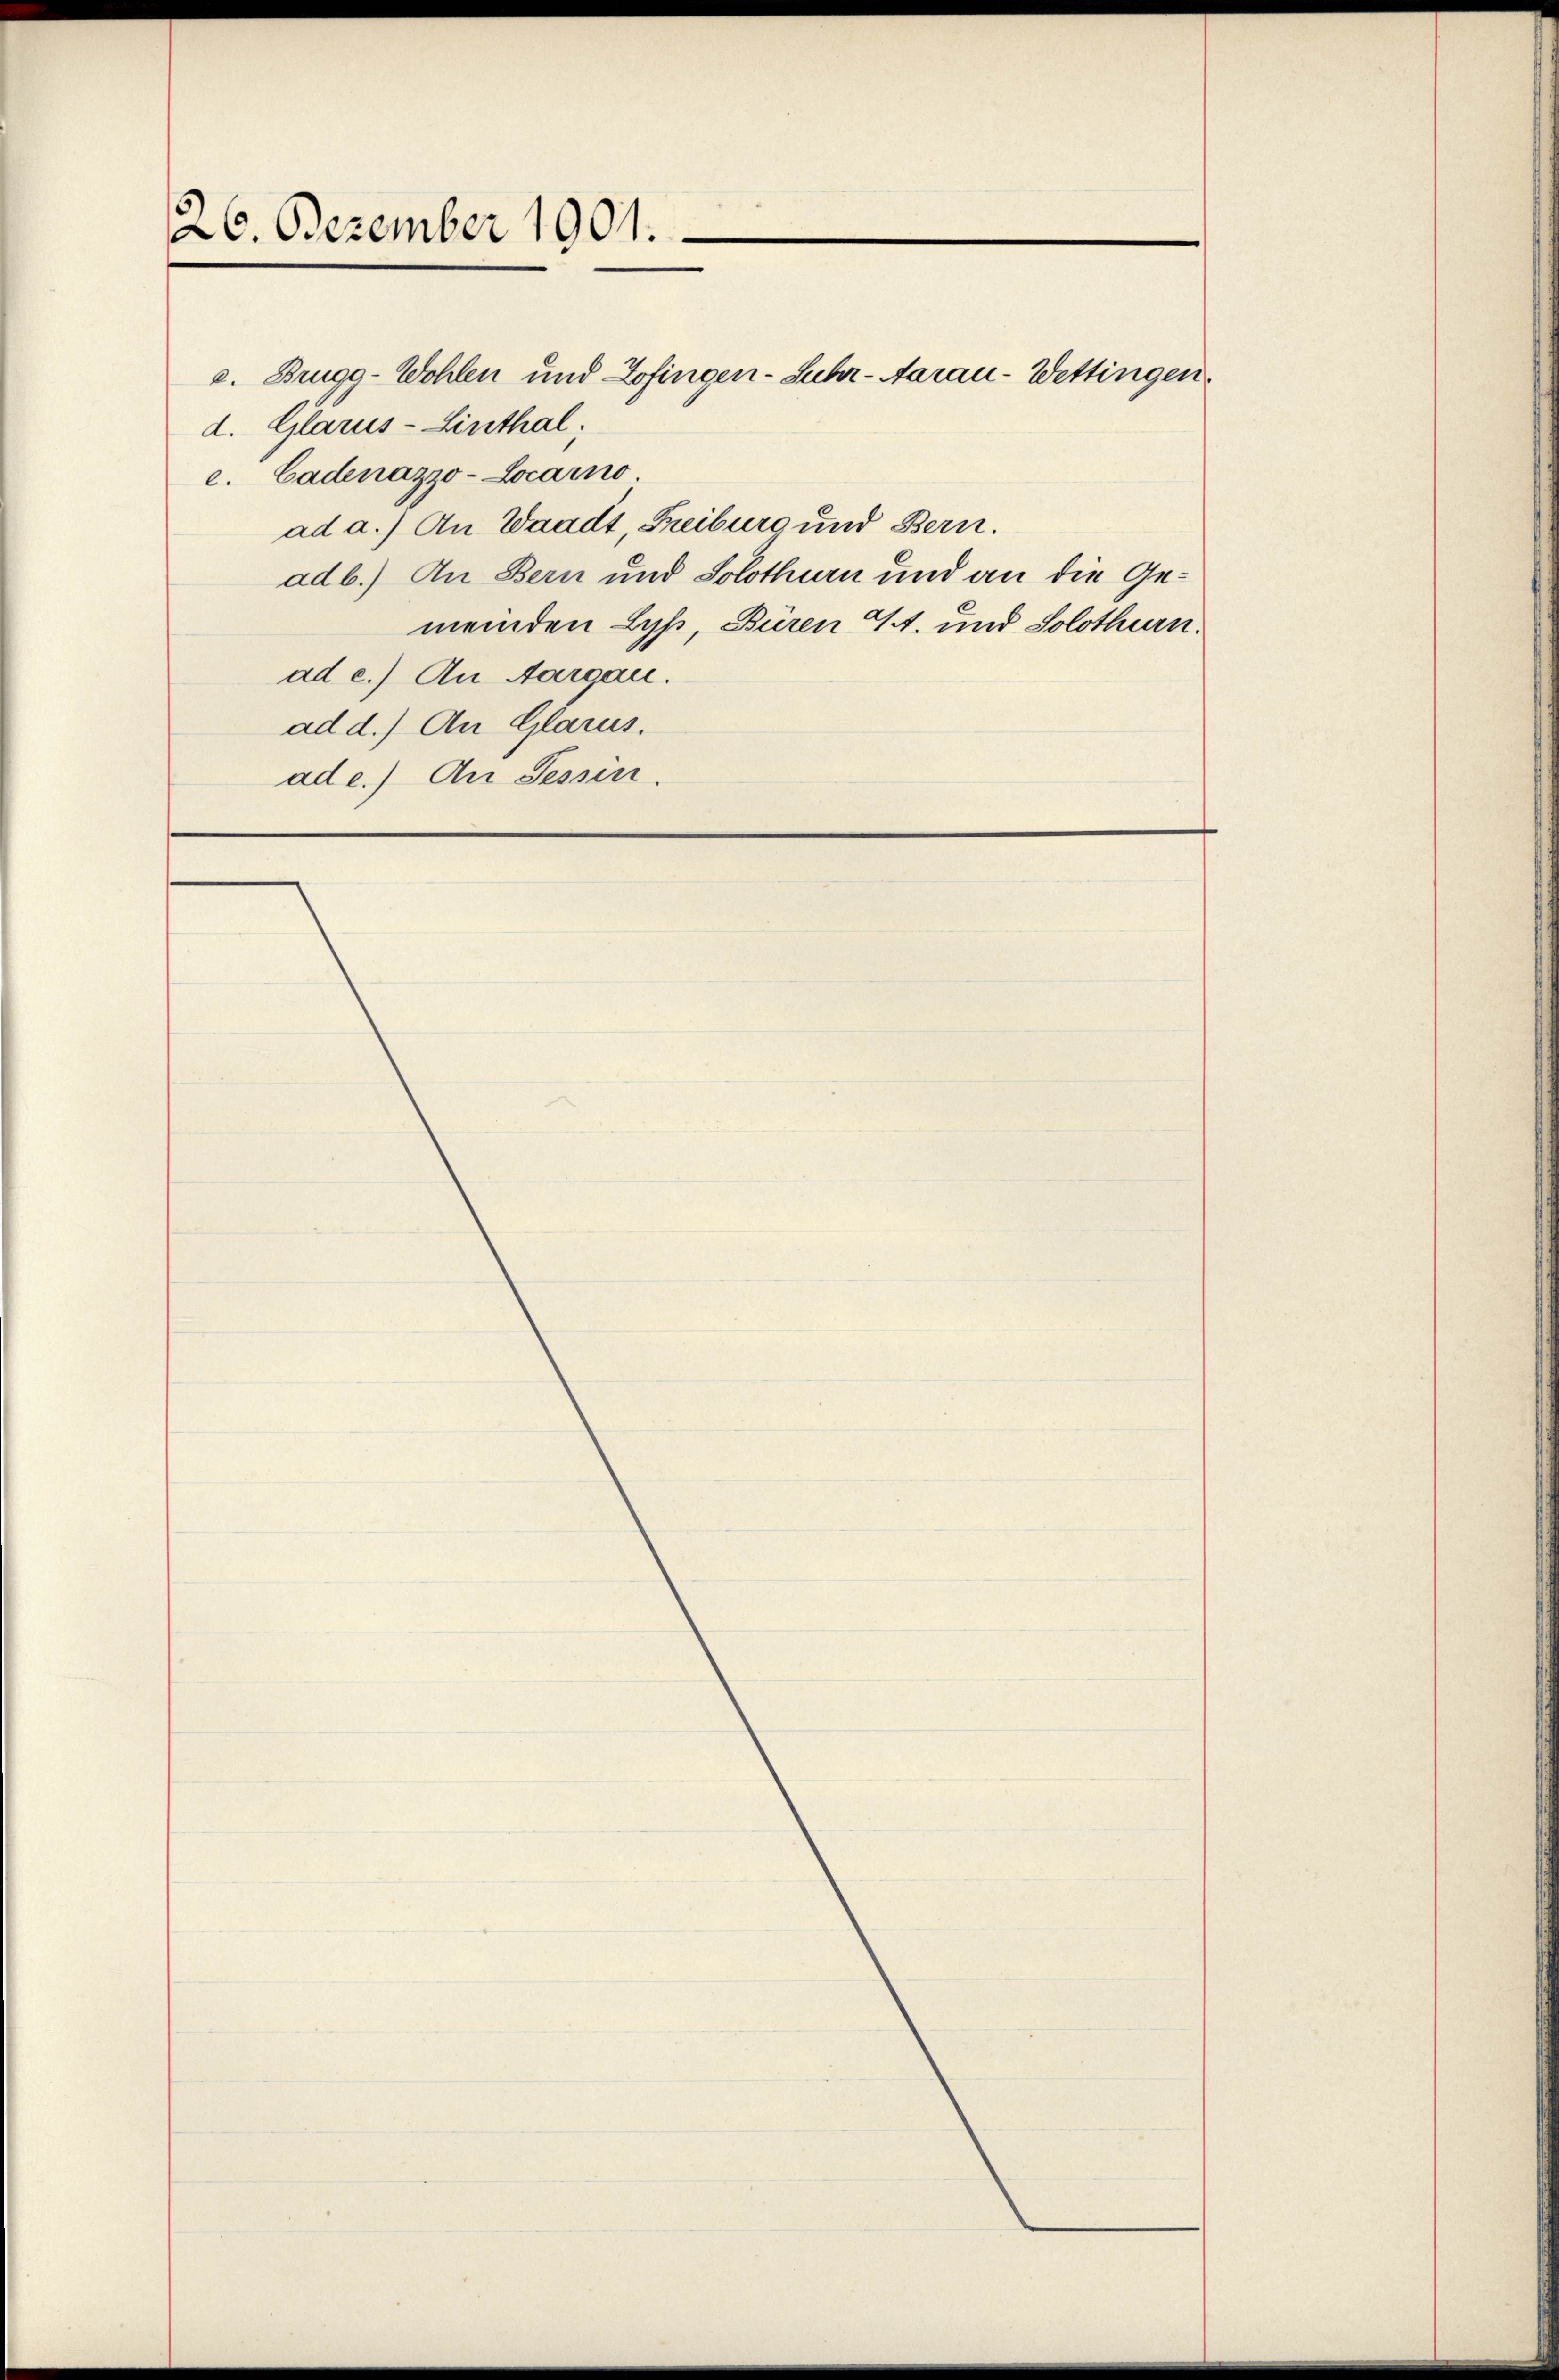
26. Dezember 1901.

a. Brugg-Wohlen und Zofingen-Suhr-Aarau - Wettingen.
d. Glarus-Linthal;
c. Cadenazzo-Locarno
ad a.) An Waadt, Freiburg und Bern.
adb.) An Bern und Solothurn und an die Gemeinden Lyß, Büren St. und Solothurn.
ad e.) An Aargau.
ad d.) An Glarus.
ade.) An Tessin.